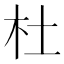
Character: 杜